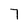
Character: 7